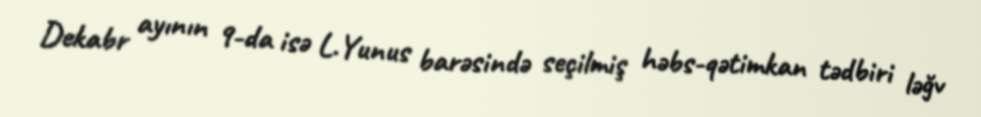
Dekabr ayının 9-da isə L.Yunus barəsində seçilmiş həbs-qətimkan tədbiri ləğv